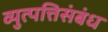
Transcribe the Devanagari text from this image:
व्युत्पत्तिसंबंध